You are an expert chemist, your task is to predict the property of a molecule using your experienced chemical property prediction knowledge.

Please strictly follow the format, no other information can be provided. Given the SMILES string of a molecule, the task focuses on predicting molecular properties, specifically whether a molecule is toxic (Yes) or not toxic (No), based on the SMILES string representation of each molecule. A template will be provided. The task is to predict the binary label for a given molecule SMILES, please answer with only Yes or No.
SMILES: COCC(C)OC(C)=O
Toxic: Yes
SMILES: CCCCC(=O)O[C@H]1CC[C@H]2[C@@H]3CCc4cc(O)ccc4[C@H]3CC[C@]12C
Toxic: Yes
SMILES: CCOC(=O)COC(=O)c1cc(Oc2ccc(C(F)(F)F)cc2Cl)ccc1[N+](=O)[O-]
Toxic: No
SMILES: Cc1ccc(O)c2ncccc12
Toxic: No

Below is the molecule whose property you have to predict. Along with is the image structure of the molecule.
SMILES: CCOc1ccc(S(=O)(=O)O)c2cccnc12
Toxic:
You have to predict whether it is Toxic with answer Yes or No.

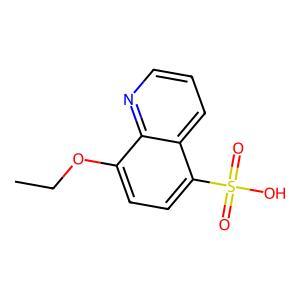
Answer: No